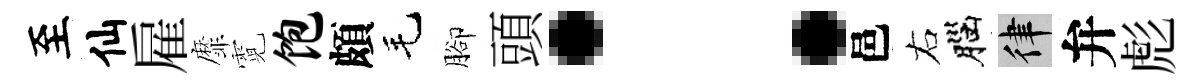
至仙雇靡霓饱頗毛腳頭：邑右腦律弁彪